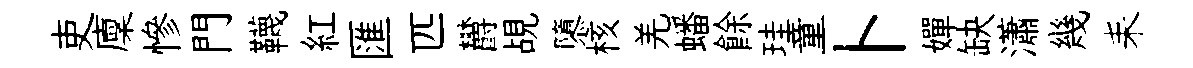
吏廩慘門韈紅匯匹欝覘隳核羌蟠餘珪童卜嬋缺瀟幾耒